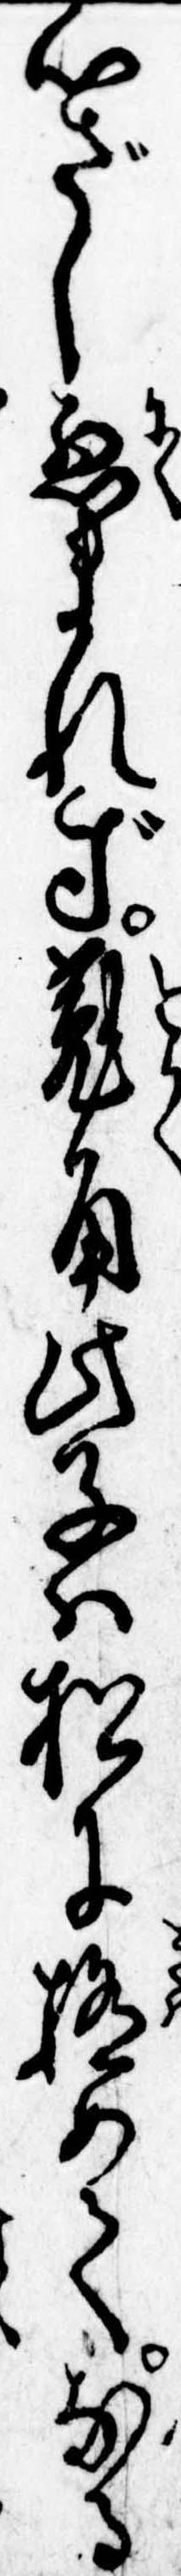
心ざし悪まれず菟角此子は松に極めてなる